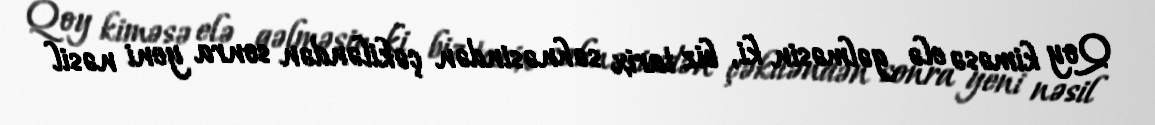
Qoy kiməsə elə gəlməsin ki, biz tarix səhnəsindən çəkiləndən sonra yeni nəsil